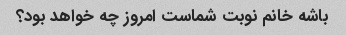
باشه خانم نوبت شماست امروز چه خواهد بود؟